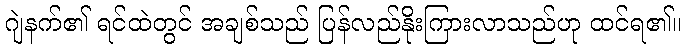
ဂျဲနက်၏ ရင်ထဲတွင် အချစ်သည် ပြန်လည်နိုးကြားလာသည်ဟု ထင်ရ၏။